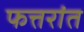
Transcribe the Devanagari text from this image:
फत्तरांत